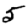
Digit: 5